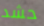
حشد